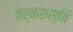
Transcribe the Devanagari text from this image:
तर्कशस्ति